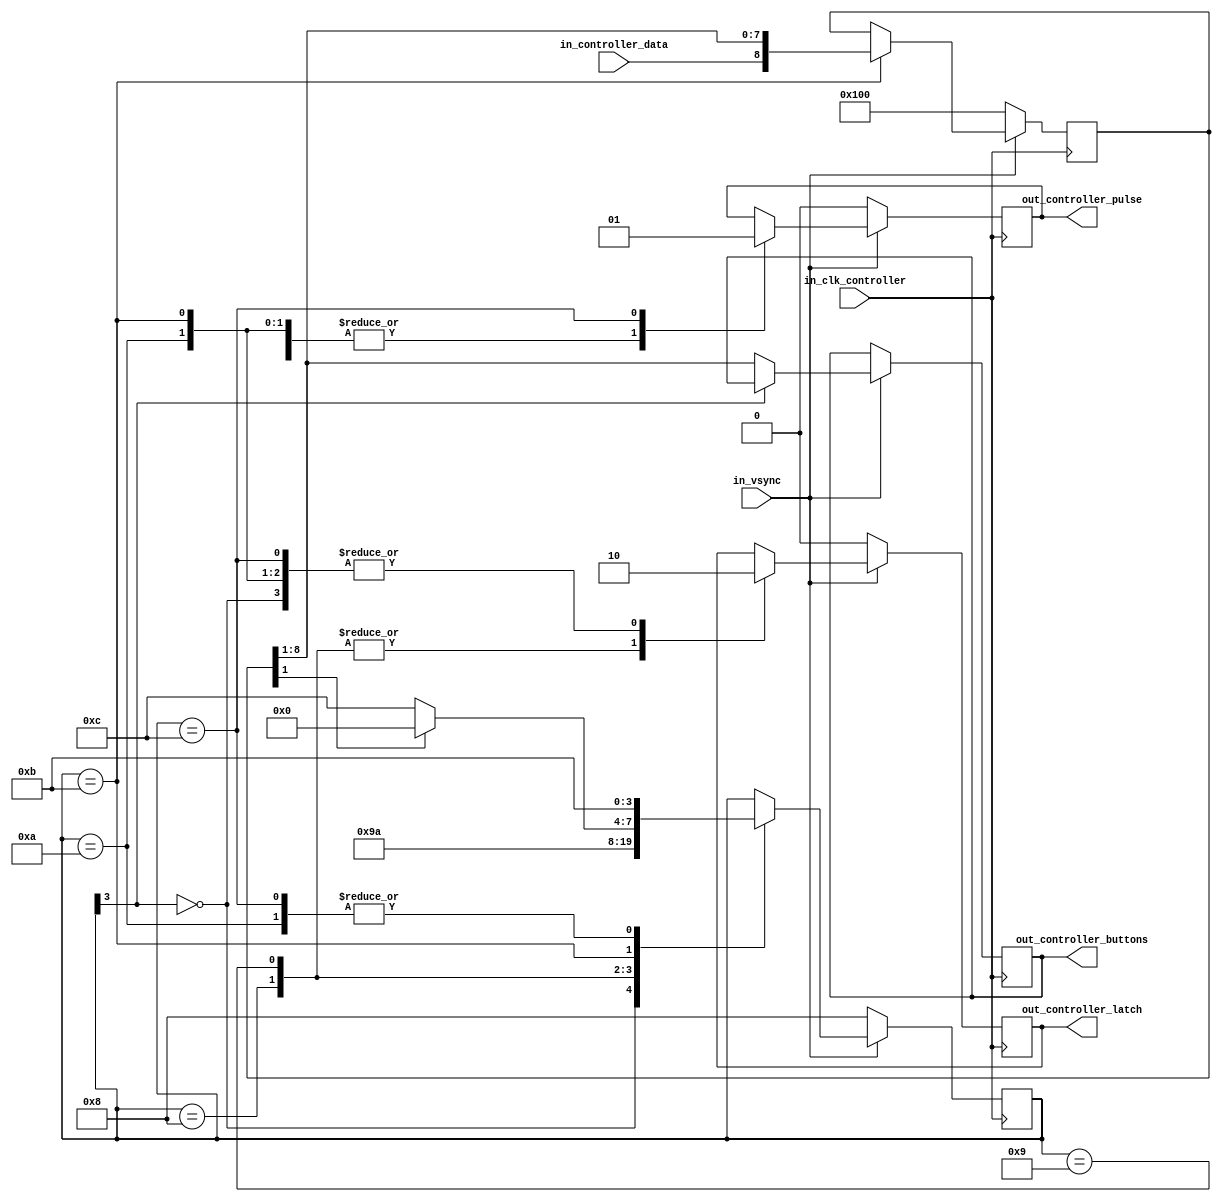
module mod_controller(
  input in_clk_controller,
  input in_vsync,
  input in_controller_data,
  output out_controller_latch,
  output out_controller_pulse,
  output[7:0] out_controller_buttons
);

reg [3:0] controller_state = 4'b0000;
reg [8:0] controller_shiftreg = 9'b0;

reg [7:0] controller_buttons = 8'b0000_0000;
reg controller_pulse = 1'b0;
reg controller_latch = 1'b0;

assign out_controller_pulse = controller_pulse;
assign out_controller_latch = controller_latch;
assign out_controller_buttons = controller_buttons;
//assign out_controller_buttons = controller_state;

always @(posedge in_clk_controller) begin
  if (!in_vsync) begin
    controller_pulse <= 1'b0;
    controller_latch <= 1'b0;
    controller_state <= 4'b1000;
    controller_shiftreg <= 9'b1_0000_0000;
  end else begin
    casex (controller_state)
      4'b0xxx: begin
        controller_pulse <= 1'b0;
        controller_latch <= 1'b0;
        controller_state <= 4'b0000;
        controller_buttons <= controller_shiftreg[8:1];
      end

      4'b1000: begin
        controller_pulse <= 1'b0;
        controller_latch <= 1'b1;
        controller_state <= 4'b1001;
      end

      4'b1001: begin
        controller_pulse <= 1'b0;
        controller_latch <= 1'b1;
        controller_state <= 4'b1010;
      end

      4'b1010: begin
        controller_pulse <= 1'b0;
        controller_latch <= 1'b0;
        controller_state <= 4'b1011;
      end

      4'b1011: begin
        controller_pulse <= 1'b0;
        controller_latch <= 1'b0;
        controller_shiftreg <= { in_controller_data, controller_shiftreg[8:1] };
        if (controller_shiftreg[1] == 1'b0) begin
          controller_state <= 4'b1100;
        end else begin
          controller_state <= 4'b0000;
        end
      end

      4'b1100: begin
        controller_pulse <= 1'b1;
        controller_latch <= 1'b0;
        controller_state <= 4'b1011;
      end
    endcase
  end
end

endmodule